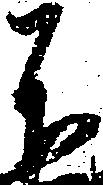
不